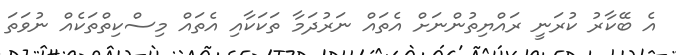
އެ ބޭކާރު ކުރަނީ ރައްޔިތުންނަށް އެތައް ނަރުދަމާ ތަކަކާއި އެތައް މިސްކިތްތަކެއް ނުވަތަ